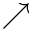
\nearrow